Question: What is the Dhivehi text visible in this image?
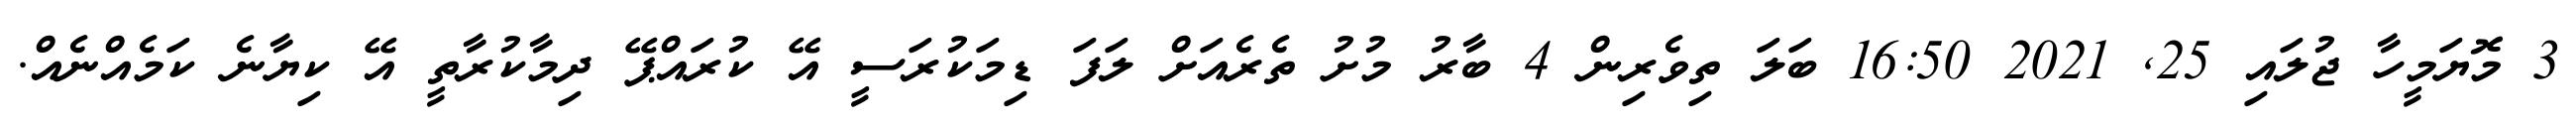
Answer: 3 މޮޔަމީހާ ޖުލައި 25, 2021 16:50 ބަލަ ތިވެރިން 4 ބާރު މުށު ތެރެއަށް ލަފަ ޑިމަކުރަސީ އޭ ކުރައްޕޭ ދިމާކުރާތީ އޭ ކިޔާނެ ކަމެއްނެއް.